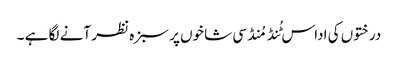
درختوں کی اداس ٹُنڈ مُنڈ سی شاخوں پر سبزہ نظر آنے لگا ہے ۔